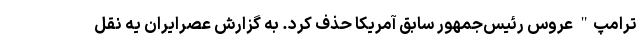
ترامپ" عروس رئیس‌جمهور سابق آمریکا حذف کرد. به گزارش عصرایران یه نقل